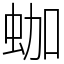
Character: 𧊀